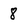
Character: 8